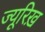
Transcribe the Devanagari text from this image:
ज्यू़रिख़